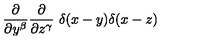
{ \frac { \partial } { \partial y ^ { \beta } } } { \frac { \partial } { \partial z ^ { \gamma } } } \ \delta ( x - y ) \delta ( x - z )